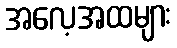
အလေ့အထများ